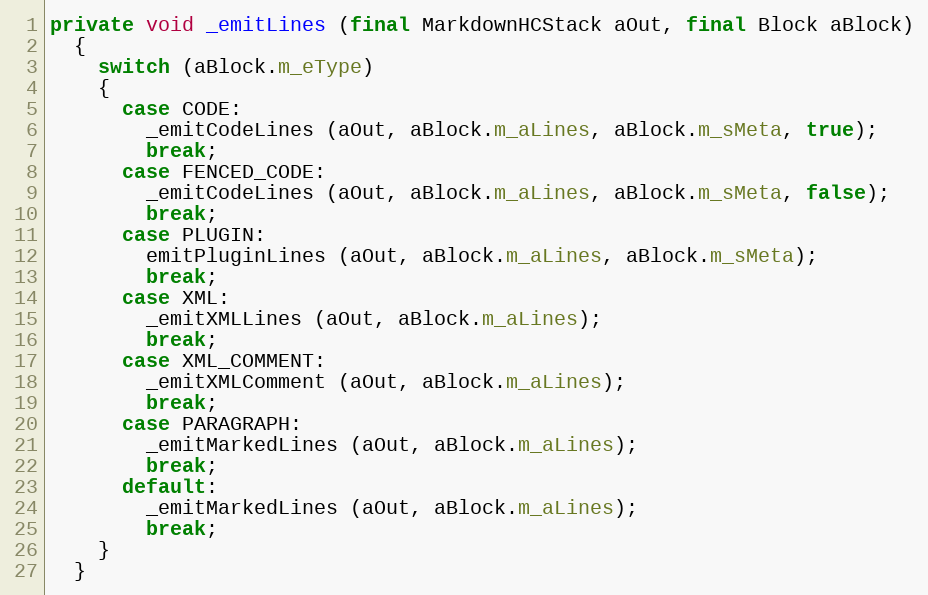
Language: Java
private void _emitLines (final MarkdownHCStack aOut, final Block aBlock)
  {
    switch (aBlock.m_eType)
    {
      case CODE:
        _emitCodeLines (aOut, aBlock.m_aLines, aBlock.m_sMeta, true);
        break;
      case FENCED_CODE:
        _emitCodeLines (aOut, aBlock.m_aLines, aBlock.m_sMeta, false);
        break;
      case PLUGIN:
        emitPluginLines (aOut, aBlock.m_aLines, aBlock.m_sMeta);
        break;
      case XML:
        _emitXMLLines (aOut, aBlock.m_aLines);
        break;
      case XML_COMMENT:
        _emitXMLComment (aOut, aBlock.m_aLines);
        break;
      case PARAGRAPH:
        _emitMarkedLines (aOut, aBlock.m_aLines);
        break;
      default:
        _emitMarkedLines (aOut, aBlock.m_aLines);
        break;
    }
  }